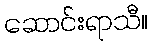
ဆောင်းရာသီ။